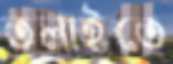
তলাইতে